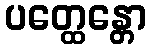
ပတ္ထေန္တော